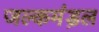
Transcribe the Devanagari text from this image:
जल्कमंड़ल